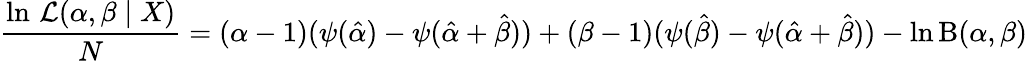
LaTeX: {\frac{\ln\, {\mathcal{L}}(\alpha,\beta\mid X)}{N}}=(\alpha-1)(\psi({\hat{\alpha}})-\psi({\hat{\alpha}}+{\hat{\beta}}))+(\beta-1)(\psi({\hat{\beta}})-\psi({\hat{\alpha}}+{\hat{\beta}}))-\ln\mathrm{B}(\alpha,\beta)